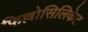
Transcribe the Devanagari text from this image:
फिल्लोसिलिकेट